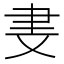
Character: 𬚪